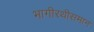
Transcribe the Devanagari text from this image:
भागीरथीसमान